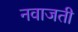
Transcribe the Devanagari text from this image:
नवाजती